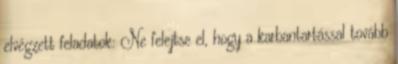
elvégzett feladatok: Ne felejtse el, hogy a karbantartással tovább